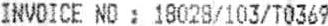
INVOICE NO : 18028/103/T0369